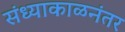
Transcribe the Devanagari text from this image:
संध्याकाळनंतर